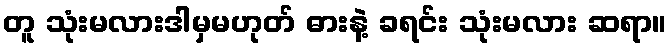
တူ သုံးမလားဒါမှမဟုတ် ဓားနဲ့ ခရင်း သုံးမလား ဆရာ။